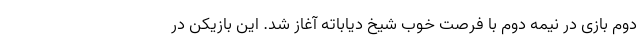
دوم بازی در نیمه دوم با فرصت خوب شیخ دیاباته آغاز شد. این بازیکن در